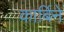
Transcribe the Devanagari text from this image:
कार्बिने